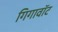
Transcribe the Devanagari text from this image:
गिगावॉट